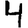
Digit: 4